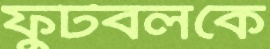
ফুটবলকে